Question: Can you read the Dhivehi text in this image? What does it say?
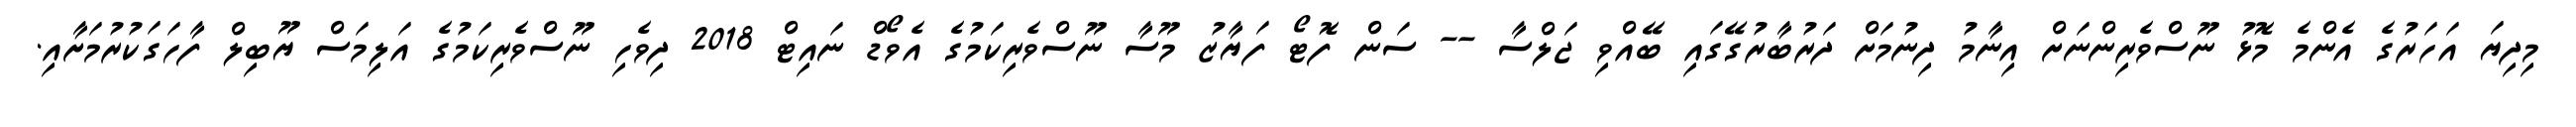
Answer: މިދިޔަ އަހަރުގެ އެންމެ މޮޅު ނޫސްވެރިންނަށް އިނާމު ދިނުމަށް ދަރުބާރުގޭގައި ބޭއްވި ޖަލްސާ -- ސަން ފޮޓޯ ފަޔާޒު މޫސާ ނޫސްވެރިކަމުގެ އެވޯޑް ނައިޓް 2018 ދިވެހި ނޫސްވެރިކަމުގެ އަލިމަސް ޔޫބިލް ފާހަގަކުރުމަށާއި.